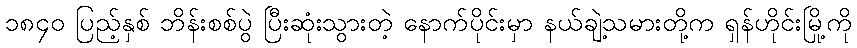
၁၈၄၀ ပြည့်နှစ် ဘိန်းစစ်ပွဲ ပြီးဆုံးသွားတဲ့ နောက်ပိုင်းမှာ နယ်ချဲ့သမားတို့က ရှန်ဟိုင်းမြို့ကို